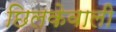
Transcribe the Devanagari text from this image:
छिलकेवाली